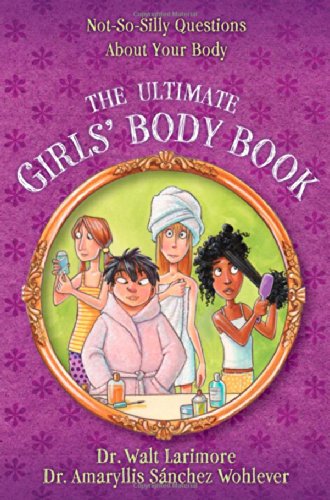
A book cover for The Ultimate Girls' Body Book: Not-So-Silly Questions About Your Body; Walt Larimore  MD; Christian Books & Bibles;